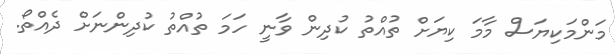
މަންމަކިޔަސް މާމަ ކިޔަށް ތުއްތު ކުދިން ވާނީ ހަމަ ތުއްތު ކުދިންނަށް ދެއްތޯ.